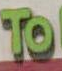
To